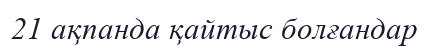
21 ақпанда қайтыс болғандар